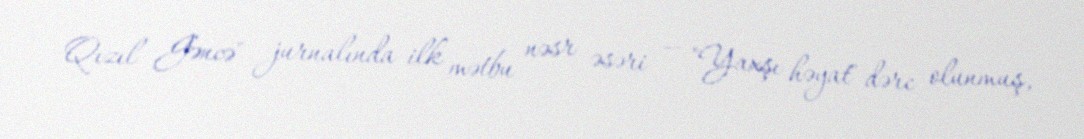
Qızıl Gəncə" jurnalında ilk mətbu nəsr əsəri — "Yaxşı həyat" dərc olunmuş,